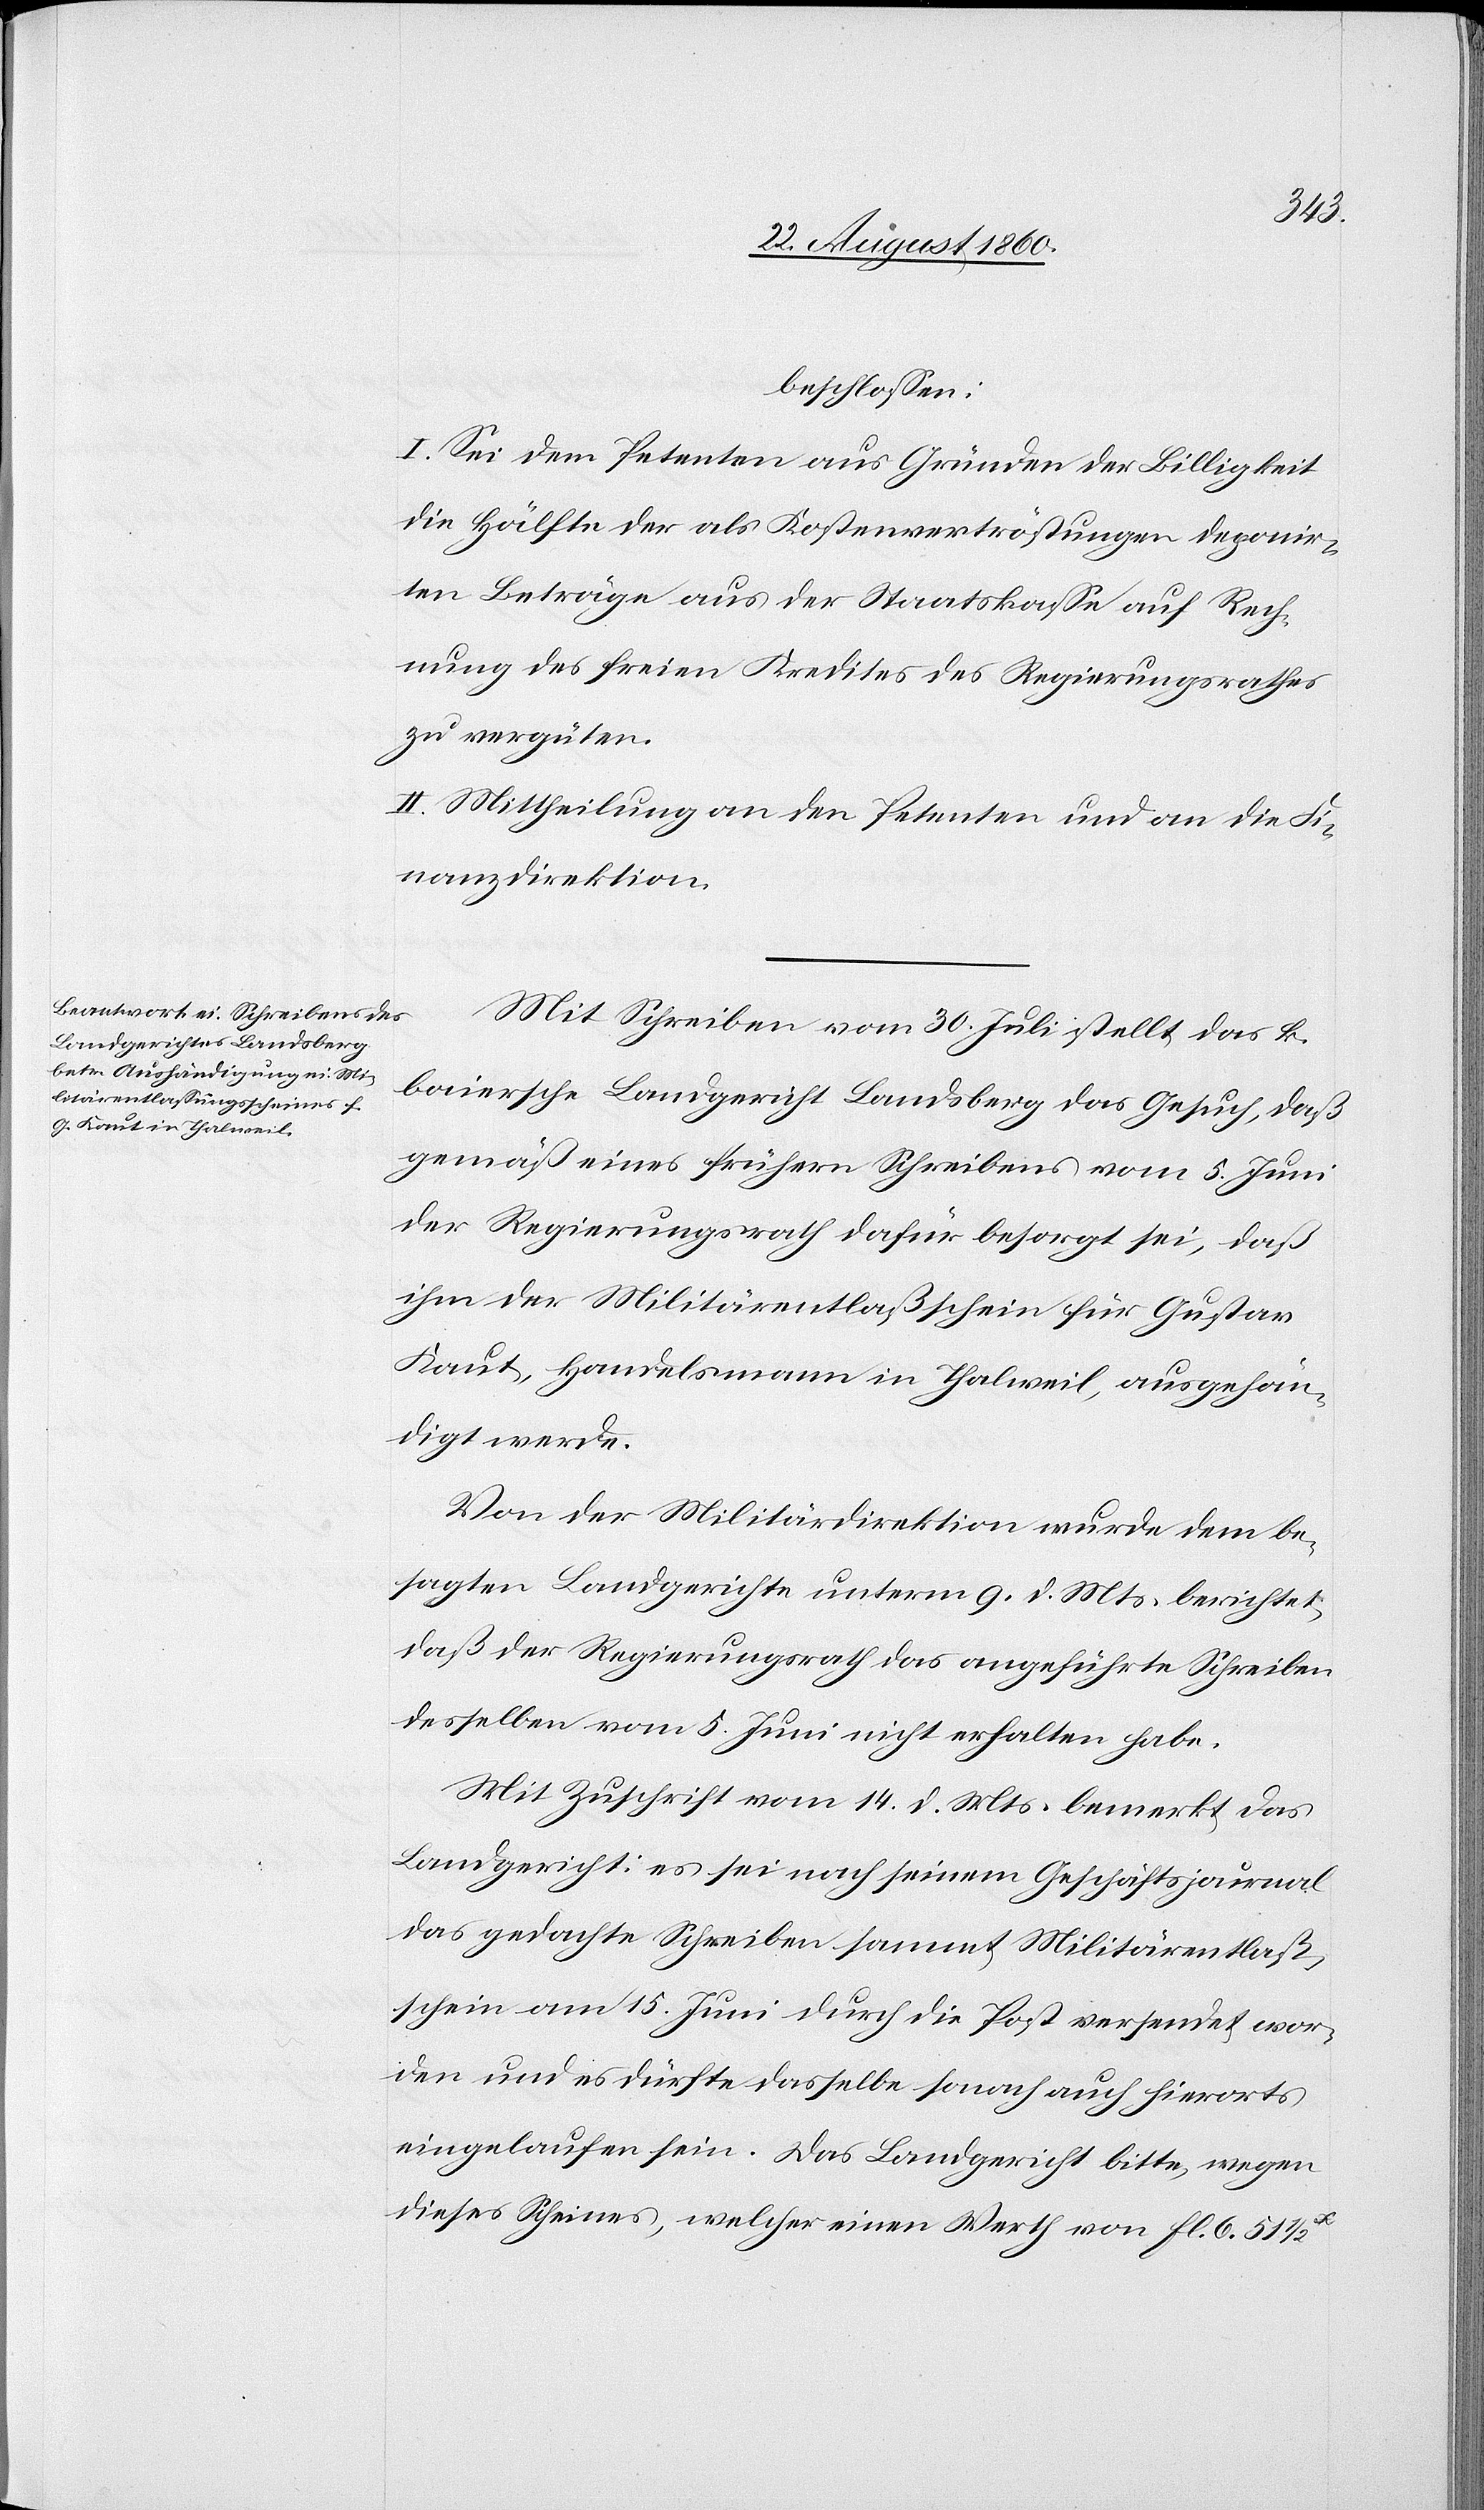
ungs¬
beschlossen:
I. Sei dem Petenten aus Gründen der Billigkeit
die Hälfte der als Kostenvertröstungen deponir¬
ten Beträge aus der Staatskasse auf Rech¬
nung des freien Kredites des Regierungsrathes
zu vergüten.
II. Mittheilung an den Petenten u. an die Fi¬
nanzdirektion.
Mit Schreiben vom 30. Juli stellte das k.
baiersche Landgericht Landsberg das Gesuch, dass
gemäss eines frühern Schreibens vom 5. Juni
der Regierungsrath dafür besorgt sei, dass
ihm der Militärentlassschein für Gustav
Kaut, Handelsmann in Thalweil, ausgehän¬
digt werde.
Von der Militärdirektion wurde dem be¬
sagten Landgerichte unterm 9. d. Mts. berichtet,
dass der Regierungsrath das angeführte Schreiben
desselben vom 5. Juni nicht erhalten habe.
Mit Zuschrift vom 14. d. Mts. bemerkt das
Landgericht: es sei nach seinem Geschäftsjournal
das gedachte Schreiben sammt Militärentlass¬
schein am 15. Juni durch die Post versendet wor¬
den und es dürfte dasselbe sonach auch hierorts
eingelaufen sein. Das Landgericht bitte, wegen
dieses Scheines, welcher einen Werth von fl. 6. 51